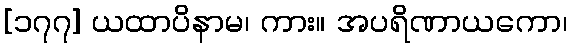
[၁၇၇] ယထာပိနာမ၊ ကား။ အပရိဏာယကော၊